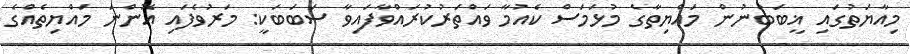
މިއާޔަތުގައި ޣީބަބުނުން މައްޔިތާގެ މުޅަމަސް ކެއުމާ ވައްތަރުކުރައްވާފައިވާ ސަބަބަކީ: މަރުވެފައި އޮންނަ މައްޔިތެއްގެ